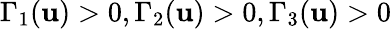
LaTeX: \Gamma_{1}(\mathbf{u})>0,\Gamma_{2}(\mathbf{u})>0,\Gamma_{3}(\mathbf{u})>0